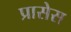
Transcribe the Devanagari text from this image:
प्रासेस